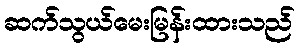
ဆက်သွယ်မေးမြန်းထားသည်